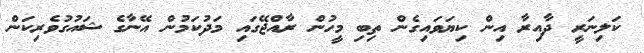
ކަލިނަރީ ދާއިރާ އިން ކިޔަވައިގެން ތިބި މީހުން ރާއްޖޭގައި މަދުކަމުން އޭނާގެ ޝައުގުވެރިކަން